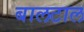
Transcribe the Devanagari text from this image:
बालटाल